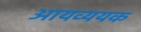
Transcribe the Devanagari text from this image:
आयव्ययक